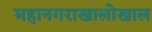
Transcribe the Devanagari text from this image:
महानगराखालोखाल